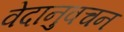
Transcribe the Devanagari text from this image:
वेदानुवचन